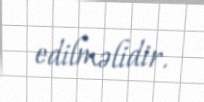
edilməlidir.